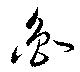
魯